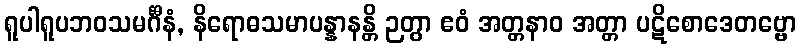
ရူပါရူပဘဝသမင်္ဂီနံ, နိရောဓသမာပန္နာနန္တိ ဉတွာ ဧဝံ အတ္တနာဝ အတ္တာ ပဋိစောဒေတဗ္ဗော